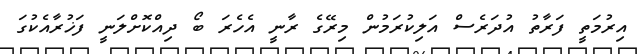
އިރުމަތީ ފަރާތު އުދަރެސް އަލިކުރަމުން މިރޭގެ ރާނީ އެހެރަ ބޯ ދިއްކޮށްލަނީ ފަޚުރާއެކުގަ